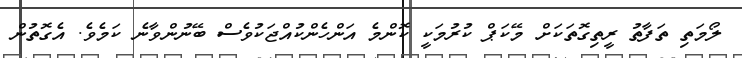
ލޯމަތި ތަފާތު ރީތިގޮތަކަށް މޭކަޕް ކުރުމަކީ ކޮންމެ އަންހެންކުއްޖަކުވެސް ބޭނުންވާނެ ކަމެވެ. އެގޮތުން